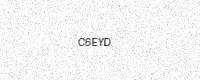
Text: C6EYD